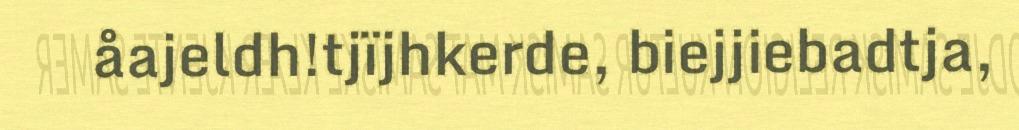
åajeldh!tjïjhkerde, biejjiebadtja,